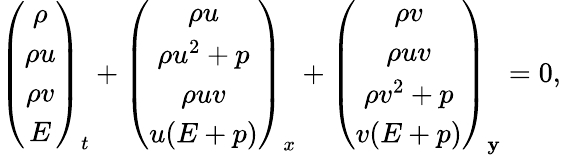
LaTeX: \left(\begin{array}{c}{\rho}\\ {\rho u}\\ {\rho v}\\ {E}\end{array}\right)_{t}+\left(\begin{array}{c}{\rho u}\\ {\rho u^{2}+p}\\ {\rho uv}\\ {u(E+p)}\end{array}\right)_{x}+\left(\begin{array}{c}{\rho v}\\ {\rho uv}\\ {\rho v^{2}+p}\\ {v(E+p)}\end{array}\right)_{\mathbf{y}}=0,